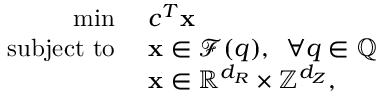
\begin{array} { r l } { \operatorname* { m i n } \, \, } & { c ^ { T } { \mathbf { x } } } \\ { \mathrm { s u b j e c t ~ t o ~ } } & { { \mathbf { x } } \in \mathcal { F } ( q ) , \, \, \, \forall q \in { \mathbb { Q } } } \\ & { { \mathbf { x } } \in { \mathbb { R } } ^ { d _ { R } } \times { \mathbb { Z } } ^ { d _ { Z } } , } \end{array}